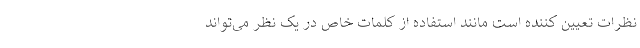
نظرات تعیین کننده است مانند استفاده از کلمات خاص در یک نظر می‌تواند